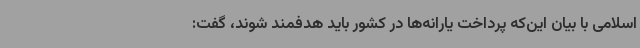
اسلامی با بیان این‌که پرداخت یارانه‌ها در کشور باید هدفمند شوند، گفت: